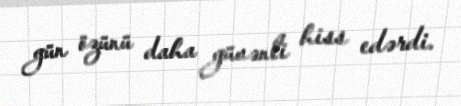
gün özünü daha güvənli hiss edərdi.